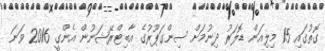
ގޮތުގައި 15 މިލިއަން ޑޮލަރު ދިނުމަށް ސިންގަޕޫރުގެ އާބިޓްރޭޝަނުން އެންގީ 2016 ވަނަ